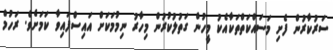
ސަރުކާރުން ފެށި މަސައްކަތްތަކާއެކު މީހުން ގަތުލުކުރުން މިހާރު ނިމުމަކަށް އައިސްފައިވާ ކަމަށެވެ. ރަހުމް